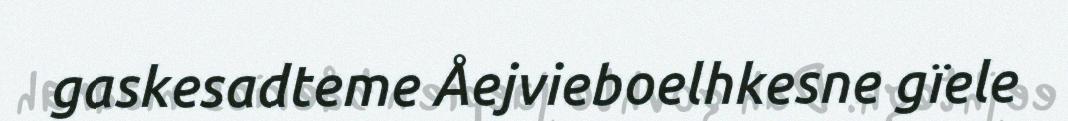
gaskesadteme Åejvieboelhkesne gïele